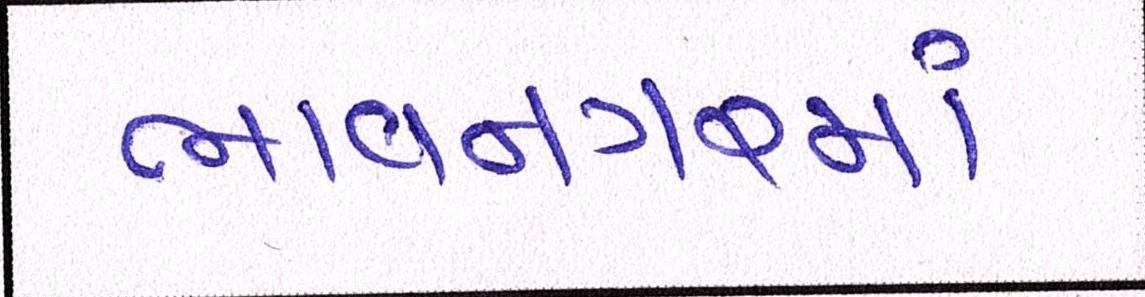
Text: ભાવનગરમાં